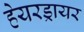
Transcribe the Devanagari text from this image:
हेयरड्रायर